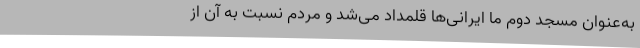
به‌عنوان مسجد دوم ما ایرانی‌ها قلمداد می‌شد و مردم نسبت به آن از